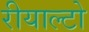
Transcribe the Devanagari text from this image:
रीयाल्टो